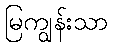
မြကျွန်းသာ